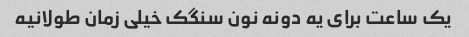
یک ساعت برای یه دونه نون سنگک خیلی زمان طولانیه